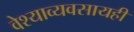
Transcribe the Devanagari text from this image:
वेश्याव्यवसायही